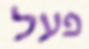
פעל